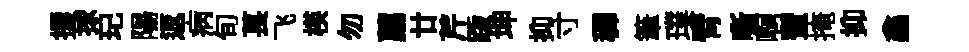
攫捄玘陽返病旬萇飞楧勿薦廿芹䟦坤抑寸穉筆璞臂嘶啊蜜掩抑鑫